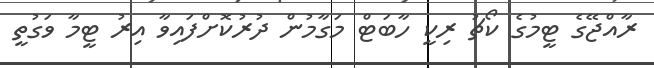
ރާއްޖޭގެ ޓީމުގެ ކޯޗު ރިކީ ހާބަޓް މަގާމުން ދުރުކޮށްފައިވާ އިރު ޓީމާ ވަގުތީ